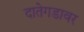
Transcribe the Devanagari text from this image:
दातेगडावर